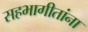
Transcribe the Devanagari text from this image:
सहभागीतांना